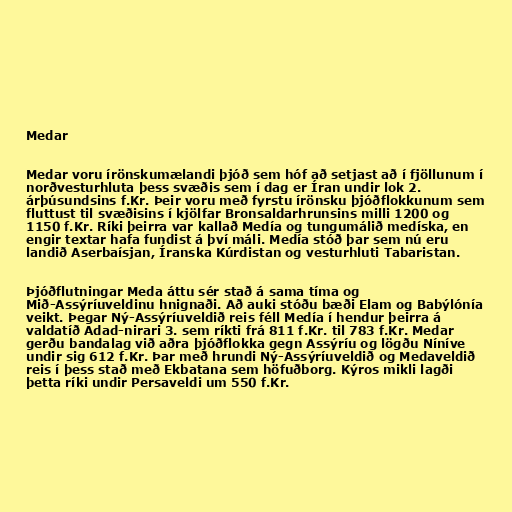
Medar

Medar voru írönskumælandi þjóð sem hóf að setjast að í fjöllunum í
norðvesturhluta þess svæðis sem í dag er Íran undir lok 2.
árþúsundsins f.Kr. Þeir voru með fyrstu írönsku þjóðflokkunum sem
fluttust til svæðisins í kjölfar Bronsaldarhrunsins milli 1200 og
1150 f.Kr. Ríki þeirra var kallað Medía og tungumálið medíska, en
engir textar hafa fundist á því máli. Medía stóð þar sem nú eru
landið Aserbaísjan, Íranska Kúrdistan og vesturhluti Tabaristan.

Þjóðflutningar Meda áttu sér stað á sama tíma og
Mið-Assýríuveldinu hnignaði. Að auki stóðu bæði Elam og Babýlónía
veikt. Þegar Ný-Assýríuveldið reis féll Medía í hendur þeirra á
valdatíð Adad-nirari 3. sem ríkti frá 811 f.Kr. til 783 f.Kr. Medar
gerðu bandalag við aðra þjóðflokka gegn Assýríu og lögðu Níníve
undir sig 612 f.Kr. Þar með hrundi Ný-Assýríuveldið og Medaveldið
reis í þess stað með Ekbatana sem höfuðborg. Kýros mikli lagði
þetta ríki undir Persaveldi um 550 f.Kr.